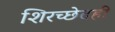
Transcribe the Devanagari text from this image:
शिरच्छेदही